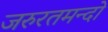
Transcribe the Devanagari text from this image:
जरुरतमन्दो